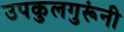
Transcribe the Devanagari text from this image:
उपकुलगुरूंनी